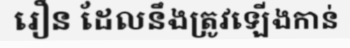
រឿន ដែលនឹងត្រូវឡើងកាន់